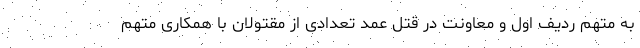
به متهم ردیف اول و معاونت در قتل عمد تعدادی از مقتولان با همکاری متهم